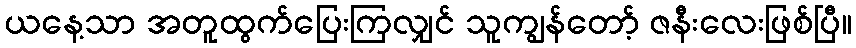
ယနေ့သာ အတူထွက်ပြေးကြလျှင် သူကျွန်တော့် ဇနီးလေးဖြစ်ပြီ။